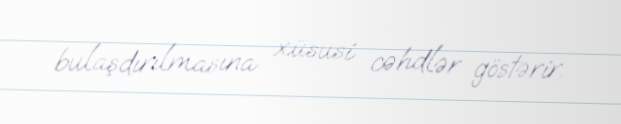
bulaşdırılmasına xüsusi cəhdlər göstərir.